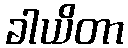
ခါယိတာ